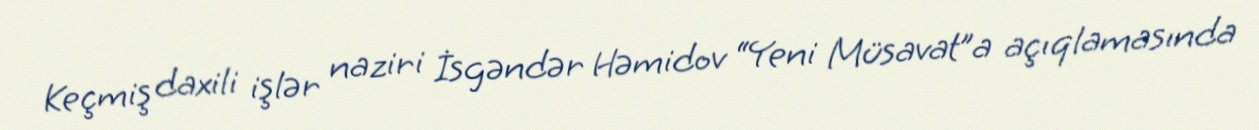
Keçmiş daxili işlər naziri İsgəndər Həmidov “Yeni Müsavat”a açıqlamasında